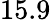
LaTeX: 15.9